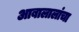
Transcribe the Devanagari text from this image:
आबालालांचा